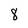
Character: 8